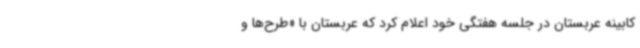
کابینه عربستان در جلسه هفتگی خود اعلام کرد که عربستان با «طرح‌ها و